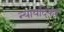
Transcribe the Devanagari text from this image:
न्यायदिकर